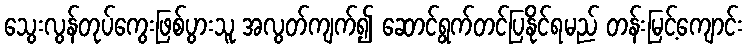
သွေးလွန်တုပ်ကွေးဖြစ်ပွားသူ အလွတ်ကျက်၍ ဆောင်ရွက်တင်ပြနိုင်ရမည် တန်းမြင့်ကျောင်း